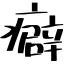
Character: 癖